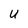
Character: U